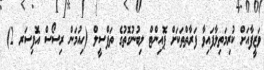
ވަޒީފާއަށް ކުރިމަތިލާފައިވާ ފަރާތްތަކަށް ޕޮއިންޓް ލިބުނުގޮތުގެ ތަފްސީލް (ހިއުމަން ރިސޯސް އޮފިސަރ 2)